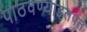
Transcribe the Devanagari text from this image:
पाठवण्याइतपत